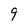
Character: 9